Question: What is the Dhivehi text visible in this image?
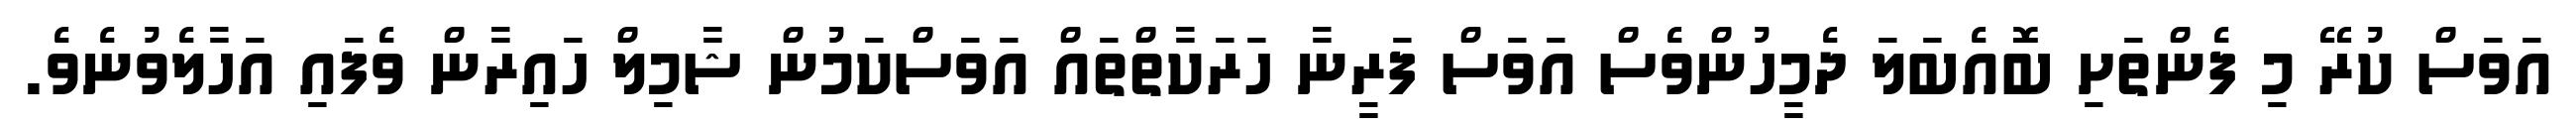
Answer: އަވަސް ކުރޭ މި ފެންތަށި ބޮއެބަލަ ދެމީހުންވެސް އަވަސް ފަރީނާ ހަރަކާތްތައް އަވަސްކަމުން ޝާމިލް ހައިރާން ވެފައި އަހާލެވުނެވެ.